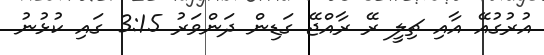
އުރުގުއޭ އާއި ޗިލީ ރޭ ރާއްޖޭ ގަޑިން ދަންވަރު 3:15 ގައި ކުޅުނު